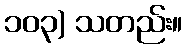
၁၀၃) သတည်း။